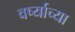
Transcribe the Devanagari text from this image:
वर्ष्याच्या